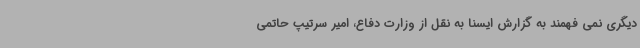
دیگری نمی فهمند به گزارش ایسنا به نقل از وزارت دفاع، امیر سرتیپ حاتمی